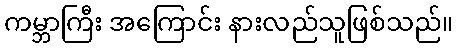
ကမ္ဘာကြီး အကြောင်း နားလည်သူဖြစ်သည်။